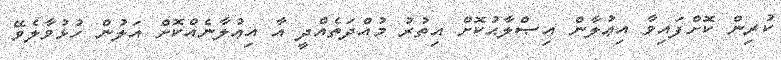
ކުރިން ކޮށްފައިވާ އިޢުލާން އިޞްލާޙުކޮށް އިތުރު މުއްދަތެއްދީ އާ އިޢުލާނެއްކޮށް އަލުން ހުޅުވާލެވޭ